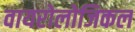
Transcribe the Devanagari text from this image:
वायरोलोजिकल